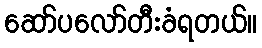
ဆော်ပလော်တီးခံရတယ်။